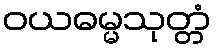
ဝယဓမ္မသုတ္တံ